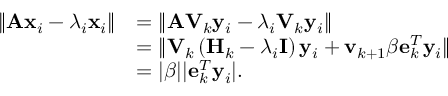
\begin{array} { r l } { \| \mathbf { A x } _ { i } - \lambda _ { i } \mathbf { x } _ { i } \| } & { = \| \mathbf { A V } _ { k } \mathbf { y } _ { i } - \lambda _ { i } \mathbf { V } _ { k } \mathbf { y } _ { i } \| } \\ & { = \| \mathbf { V } _ { k } \left( \mathbf { H } _ { k } - \lambda _ { i } \mathbf { I } \right) \mathbf { y } _ { i } + \mathbf { v } _ { k + 1 } \beta \mathbf { e } _ { k } ^ { T } \mathbf { y } _ { i } \| } \\ & { = \vert \beta \vert \vert \mathbf { e } _ { k } ^ { T } \mathbf { y } _ { i } \vert . } \end{array}